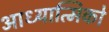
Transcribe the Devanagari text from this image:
आध्यात्मिको